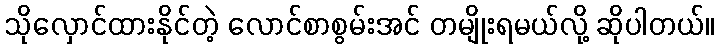
သိုလှောင်ထားနိုင်တဲ့ လောင်စာစွမ်းအင် တမျိုးရမယ်လို့ ဆိုပါတယ်။